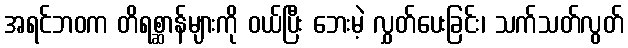
အရင်ဘဝက တိရစ္ဆာန်များကို ဝယ်ပြီး ဘေးမဲ့ လွှတ်ပေးခြင်း၊ သက်သတ်လွတ်